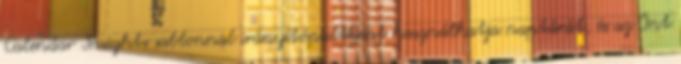
Calendar Insights sablonnal irányítópultként használhatja naptárát, és az Önt